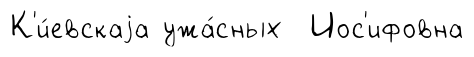
К'и́евскаjа ужа́сных Иос'ифовна